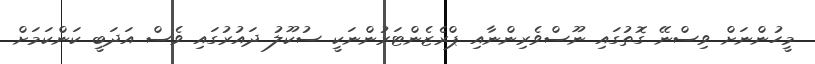
މީހުންނަށް ވިސްނޭ ގޮތުގައި ނޫސްވެރިންނާއި ޕްރެޒެންޓަރުންނަކީ ސުކޫލު ދައުރުގައި ވެސް އަދަބީ ކަންކަމަށް